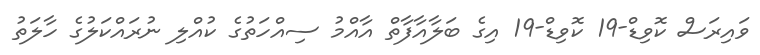
ވައިރަސް ކޮވިޑް-19 ކޮވިޑް-19 އިގެ ބަލާއާފާތް އާއްމު ސިއްހަތުގެ ކުއްލި ނުރައްކަލުގެ ހާލަތު